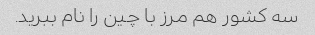
سه کشور هم مرز با چین را نام ببرید.